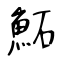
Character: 鮖